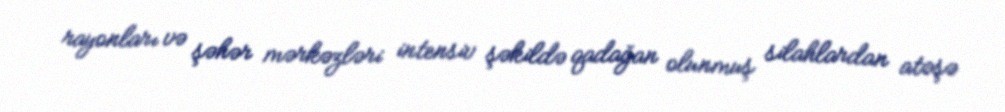
rayonları və şəhər mərkəzləri intensiv şəkildə qadağan olunmuş silahlardan atəşə